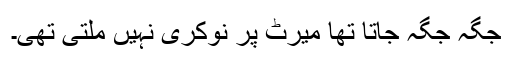
جگہ جگہ جاتا تھا میرٹ پر نوکری نہیں ملتی تھی۔